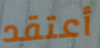
أعتقد